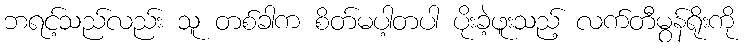
ဘရင့်သည်လည်း သူ တစ်ခါက စိတ်မပါ့တပါ ပိုးခဲ့ဖူးသည့် လက်တီမွန်ရိုးကို